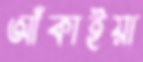
আঁকাইয়া